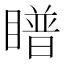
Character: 𪾿